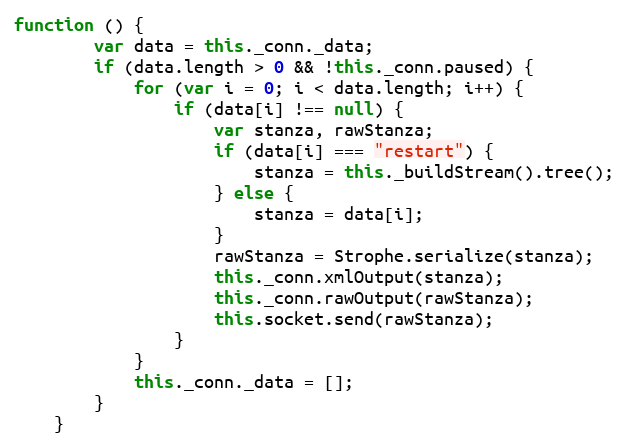
Language: JavaScript
function () {
        var data = this._conn._data;
        if (data.length > 0 && !this._conn.paused) {
            for (var i = 0; i < data.length; i++) {
                if (data[i] !== null) {
                    var stanza, rawStanza;
                    if (data[i] === "restart") {
                        stanza = this._buildStream().tree();
                    } else {
                        stanza = data[i];
                    }
                    rawStanza = Strophe.serialize(stanza);
                    this._conn.xmlOutput(stanza);
                    this._conn.rawOutput(rawStanza);
                    this.socket.send(rawStanza);
                }
            }
            this._conn._data = [];
        }
    }